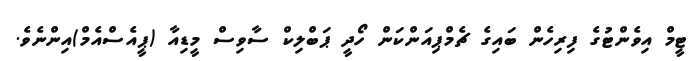
ޓީމް އިވެންޓުގެ ފިރިހެން ބައިގެ ޗެމްޕިއަންކަން ހޯދީ ޕަބްލިކް ސާވިސް މީޑިއާ (ޕީއެސްއެމް)އިންނެވެ.